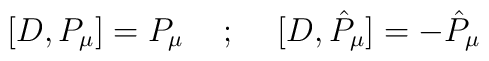
[D, P_\mu] = P_\mu \hskip.5cm; \hskip.5cm [D,{\hat{P}}_\mu]= -{\hat{P}}_\mu